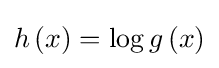
h\left(x\right)=\log g\left(x\right)